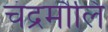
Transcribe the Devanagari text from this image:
चंद्रमौलि